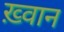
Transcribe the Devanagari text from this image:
ख़्वान